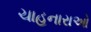
ચાહનારાઓ